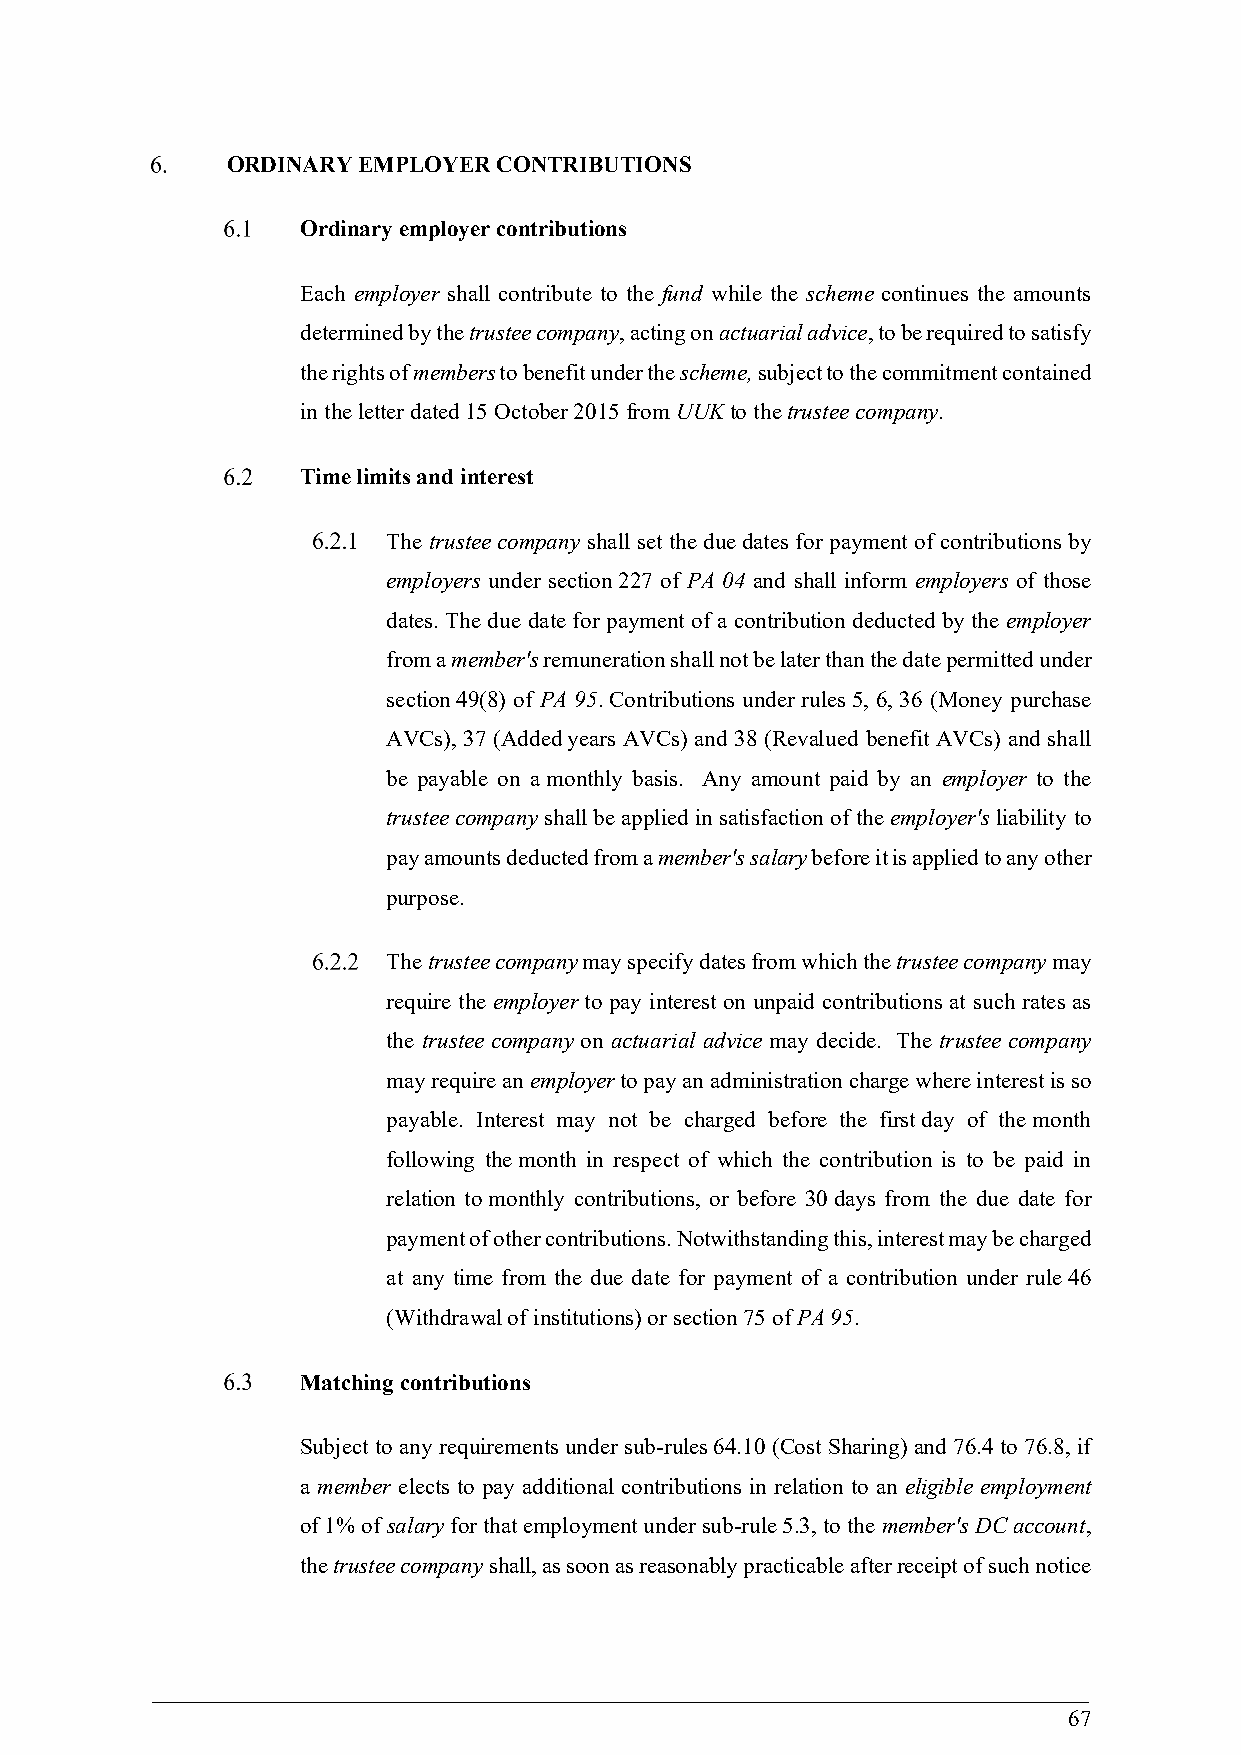
ORDINARY EMPLOYER CONTRIBUTIONS
 Ordinary employer contributions
 Each employer shall contribute to the fund while the scheme continues the amounts
 determined by the trustee company, acting on actuarial advice, to be required to satisfy
 the rights of members to benefit under the scheme, subject to the commitment contained
 in the letter dated 15 October 2015 from UUK to the trustee company.
 Time limits and interest
 The trustee company shall set the due dates for payment of contributions by
 employers under section 227 of PA 04 and shall inform employers of those
 dates. The due date for payment of a contribution deducted by the employer
 from a member's remuneration shall not be later than the date permitted under
 section 49(8) of PA 95. Contributions under rules 5, 6, 36 (Money purchase
 AVCs), 37 (Added years AVCs) and 38 (Revalued benefit AVCs) and shall
 be payable on a monthly basis. Any amount paid by an employer to the
 trustee company shall be applied in satisfaction of the employer's liability to
 pay amounts deducted from a member's salary before it is applied to any other
 purpose.
 The trustee company may specify dates from which the trustee company may
 require the employer to pay interest on unpaid contributions at such rates as
 the trustee company on actuarial advice may decide. The trustee company
 may require an employer to pay an administration charge where interest is so
 payable. Interest may not be charged before the first day of the month
 following the month in respect of which the contribution is to be paid in
 relation to monthly contributions, or before 30 days from the due date for
 payment of other contributions. Notwithstanding this, interest may be charged
 at any time from the due date for payment of a contribution under rule 46
 (Withdrawal of institutions) or section 75 of PA 95.
 Matching contributions
 Subject to any requirements under sub-rules 64.10 (Cost Sharing) and 76.4 to 76.8, if
 a member elects to pay additional contributions in relation to an eligible employment
 of 1% of salary for that employment under sub-rule 5.3, to the member's DC account,
 the trustee company shall, as soon as reasonably practicable after receipt of such notice
 67